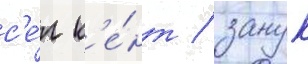
с'е́л к'е́нт / занук